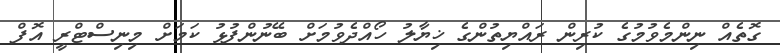
ގޮތެއް ނިންމެވުމުގެ ކުރިން ރައްޔިތުންގެ ޚިޔާލު ހޯއްދެވުމަށް ބޭނުންފުޅު ކަމަށް މިނިސްޓްރީ އޮފް